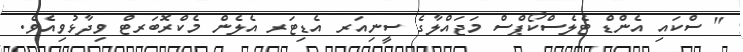
" ސްކައި އެންޑް ޓެލެސްކޯޕްސް މަޖައްލާގެ ސީނިއަރ އެޑިޓަރ އެލެން މެކްރޮބަރޓްް ވިދާޅުވިއެވެ.